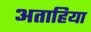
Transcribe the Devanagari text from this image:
अताहिया